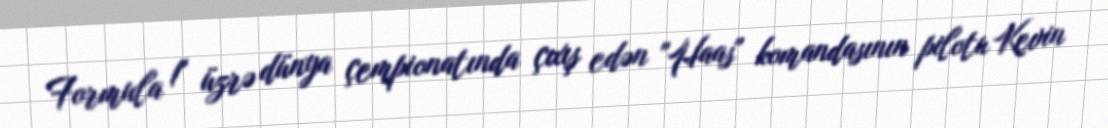
Formula 1" üzrə dünya çempionatında çıxış edən "Haas" komandasının pilotu Kevin